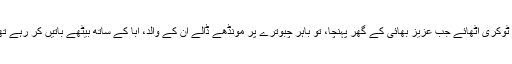
میں ٹوکری اٹھائے جب عزیز بھائی کے گھر پہنچا، تو باہر چبوترے پر مونڈھے ڈالے ان کے والد، ابا کے ساتھ بیٹھے باتیں کر رہے تھے۔